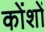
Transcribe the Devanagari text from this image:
कोंशों